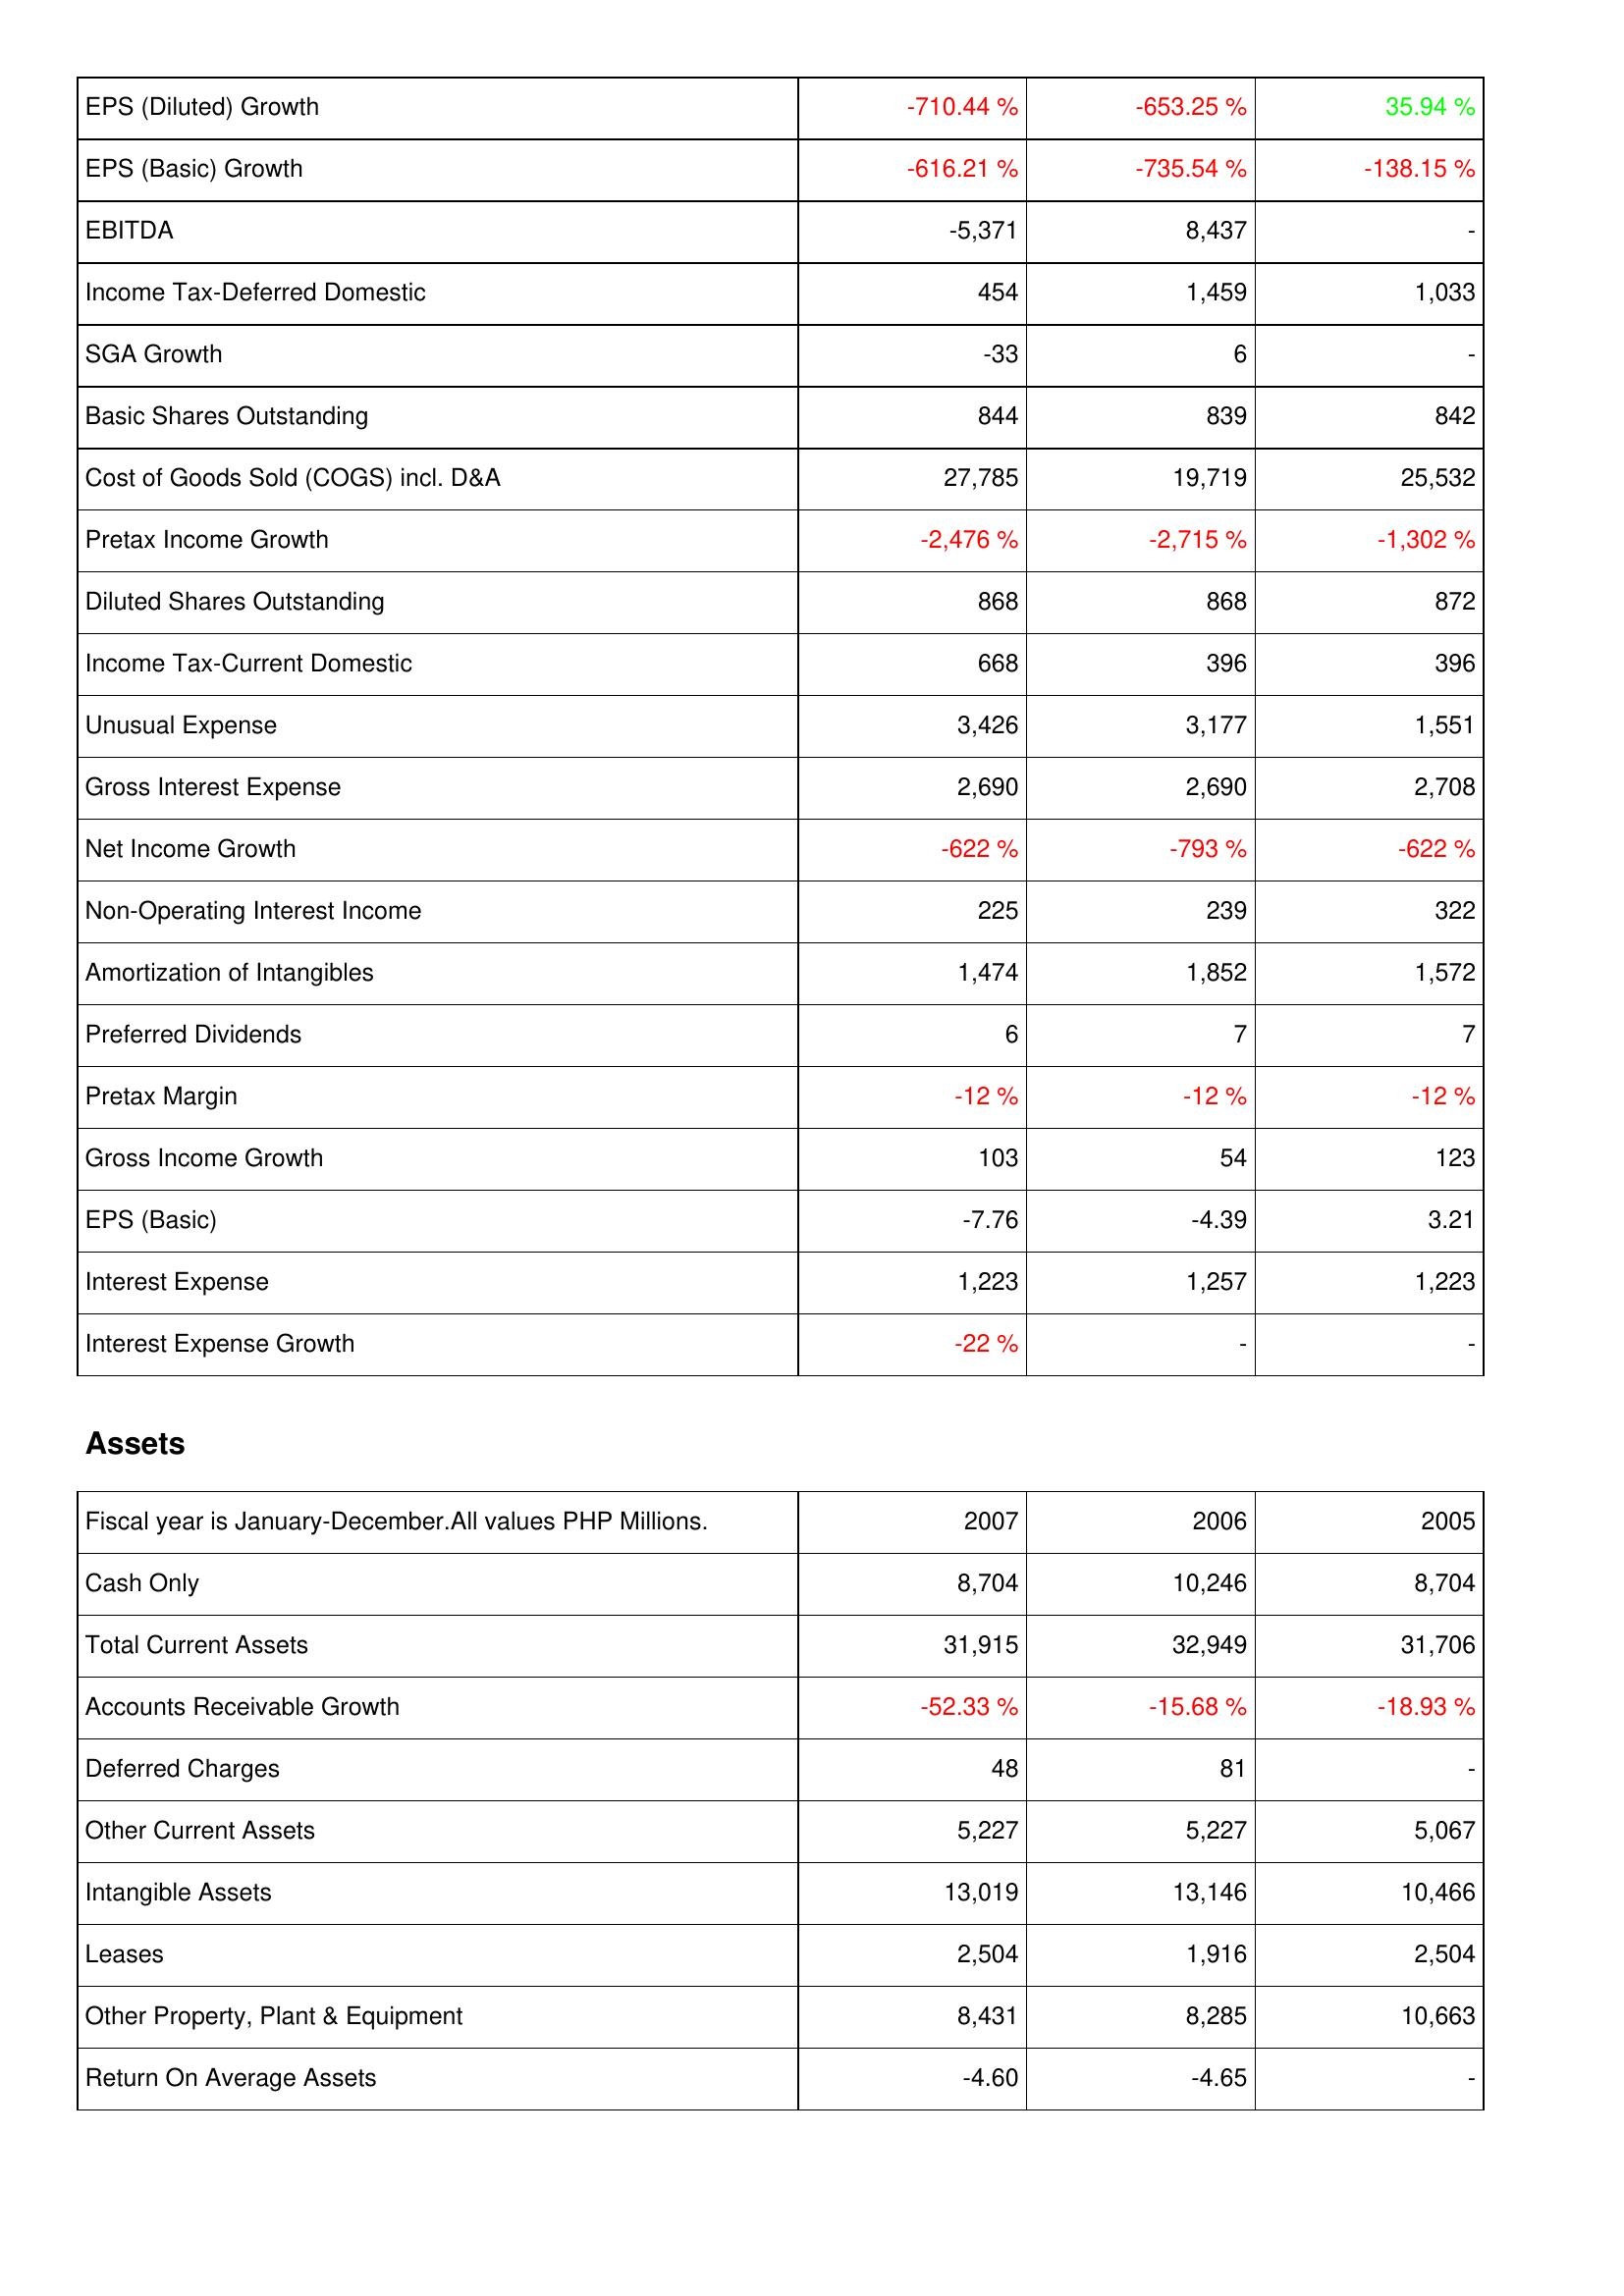
2007: Income Statement: EPS (Diluted) Growth: -710.44 %
EPS (Basic) Growth: -616.21 %
EBITDA: -5,371
Income Tax-Deferred Domestic: 454
SGA Growth: -33
Basic Shares Outstanding: 844
Cost of Goods Sold (COGS) incl. D&A: 27,785
Pretax Income Growth: -2,476 %
Diluted Shares Outstanding: 868
Income Tax-Current Domestic: 668
Unusual Expense: 3,426
Gross Interest Expense: 2,690
Net Income Growth: -622 %
Non-Operating Interest Income: 225
Amortization of Intangibles: 1,474
Preferred Dividends: 6
Pretax Margin: -12 %
Gross Income Growth: 103
EPS (Basic): -7.76
Interest Expense: 1,223
Interest Expense Growth: -22 %
Assets: Cash Only: 8,704
Total Current Assets: 31,915
Accounts Receivable Growth: -52.33 %
Deferred Charges: 48
Other Current Assets: 5,227
Intangible Assets: 13,019
Leases: 2,504
Other Property, Plant & Equipment: 8,431
Return On Average Assets: -4.60
2006: Income Statement: EPS (Diluted) Growth: -653.25 %
EPS (Basic) Growth: -735.54 %
EBITDA: 8,437
Income Tax-Deferred Domestic: 1,459
SGA Growth: 6
Basic Shares Outstanding: 839
Cost of Goods Sold (COGS) incl. D&A: 19,719
Pretax Income Growth: -2,715 %
Diluted Shares Outstanding: 868
Income Tax-Current Domestic: 396
Unusual Expense: 3,177
Gross Interest Expense: 2,690
Net Income Growth: -793 %
Non-Operating Interest Income: 239
Amortization of Intangibles: 1,852
Preferred Dividends: 7
Pretax Margin: -12 %
Gross Income Growth: 54
EPS (Basic): -4.39
Interest Expense: 1,257
Interest Expense Growth: -
Assets: Cash Only: 10,246
Total Current Assets: 32,949
Accounts Receivable Growth: -15.68 %
Deferred Charges: 81
Other Current Assets: 5,227
Intangible Assets: 13,146
Leases: 1,916
Other Property, Plant & Equipment: 8,285
Return On Average Assets: -4.65
2005: Income Statement: EPS (Diluted) Growth: 35.94 %
EPS (Basic) Growth: -138.15 %
EBITDA: -
Income Tax-Deferred Domestic: 1,033
SGA Growth: -
Basic Shares Outstanding: 842
Cost of Goods Sold (COGS) incl. D&A: 25,532
Pretax Income Growth: -1,302 %
Diluted Shares Outstanding: 872
Income Tax-Current Domestic: 396
Unusual Expense: 1,551
Gross Interest Expense: 2,708
Net Income Growth: -622 %
Non-Operating Interest Income: 322
Amortization of Intangibles: 1,572
Preferred Dividends: 7
Pretax Margin: -12 %
Gross Income Growth: 123
EPS (Basic): 3.21
Interest Expense: 1,223
Interest Expense Growth: -
Assets: Cash Only: 8,704
Total Current Assets: 31,706
Accounts Receivable Growth: -18.93 %
Deferred Charges: -
Other Current Assets: 5,067
Intangible Assets: 10,466
Leases: 2,504
Other Property, Plant & Equipment: 10,663
Return On Average Assets: -